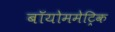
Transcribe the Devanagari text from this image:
बॉयोममेट्रिक